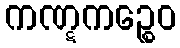
ကဏ္ဋကဉ္စေဝ